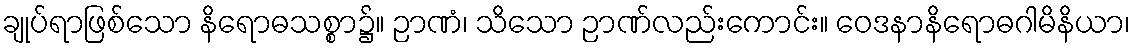
ချုပ်ရာဖြစ်သော နိရောဓသစ္စာ၌။ ဉာဏံ၊ သိသော ဉာဏ်လည်းကောင်း။ ဝေဒနာနိရောဓဂါမိနိယာ၊